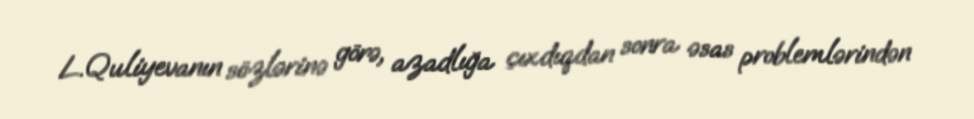
L.Quliyevanın sözlərinə görə, azadlığa çıxdıqdan sonra əsas problemlərindən